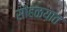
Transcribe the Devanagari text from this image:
सोहळय़ात